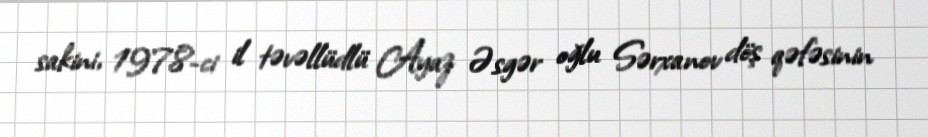
sakini, 1978-ci il təvəllüdlü Ayaz Əsgər oğlu Sərxanov döş qəfəsinin